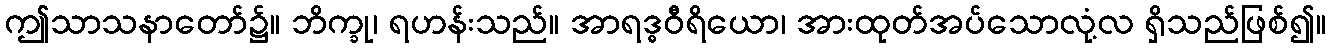
ဤသာသနာတော်၌။ ဘိက္ခု၊ ရဟန်းသည်။ အာရဒ္ဓဝီရိယော၊ အားထုတ်အပ်သောလုံ့လ ရှိသည်ဖြစ်၍။